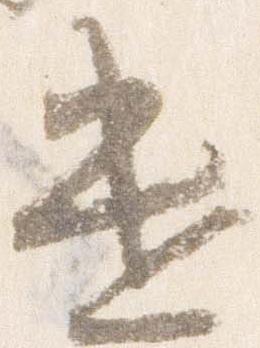
遣